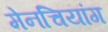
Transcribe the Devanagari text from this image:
मेनचियांग